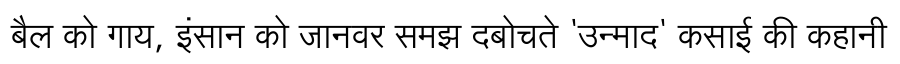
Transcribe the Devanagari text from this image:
बैल को गाय, इंसान को जानवर समझ दबोचते 'उन्माद' कसाई की कहानी